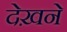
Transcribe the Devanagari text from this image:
देख़ने